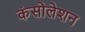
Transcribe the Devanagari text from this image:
कंसोलेशन